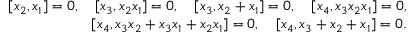
\begin{array} { r l r } & { } & { [ x _ { 2 } , x _ { 1 } ] = 0 , \quad [ x _ { 3 } , x _ { 2 } x _ { 1 } ] = 0 , \quad [ x _ { 3 } , x _ { 2 } + x _ { 1 } ] = 0 , \quad [ x _ { 4 } , x _ { 3 } x _ { 2 } x _ { 1 } ] = 0 , } \\ & { } & { [ x _ { 4 } , x _ { 3 } x _ { 2 } + x _ { 3 } x _ { 1 } + x _ { 2 } x _ { 1 } ] = 0 , \quad [ x _ { 4 } , x _ { 3 } + x _ { 2 } + x _ { 1 } ] = 0 . } \end{array}